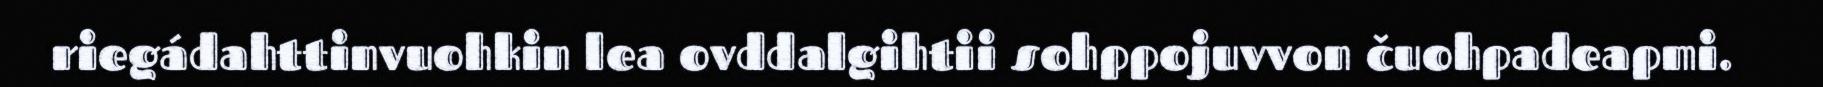
riegádahttinvuohkin lea ovddalgihtii sohppojuvvon čuohpadeapmi.